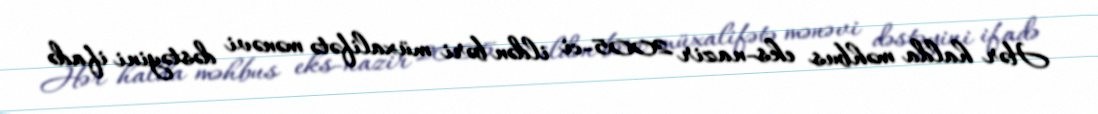
Hər halda məhbus eks-nazir 2005-ci ildən bəri müxalifətə mənəvi dəstəyini ifadə